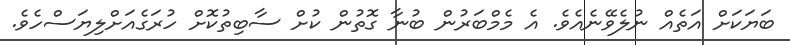
ބަޔަކަށް އަތެއް ނުލެވޭނެއެވެ. އެ މެމްބަރުން ބުނާ ގޮތުން ކުށް ސާބިތުކޮށް ހުރަގެއަށްލިޔަސްހެވެ.